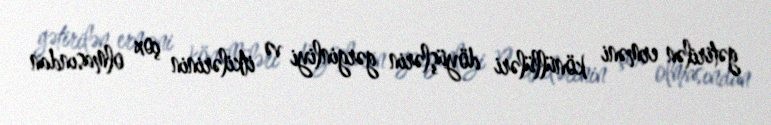
gətirilən erməni könüllüləri döyüşlərin gərginliyi və itkilərinin çox olmasından